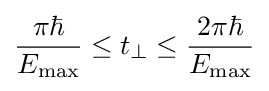
{\frac {\pi \hbar }{E_{\text{max}}}}\leq t_{\perp }\leq {\frac {2\pi \hbar }{E_{\text{max}}}}